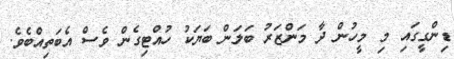
ޑިންގީގައި މި މީހުން ދާ މަންޒަރު ބަލަން ބަޔަކު ހުއްޓިގެން ވެސް އެބަތިއްބެވެ.